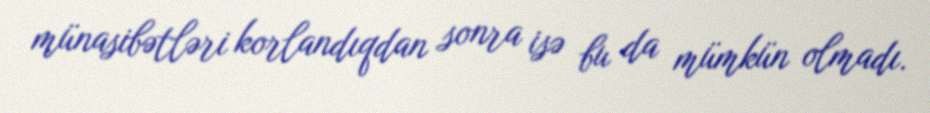
münasibətləri korlandıqdan sonra isə bu da mümkün olmadı.